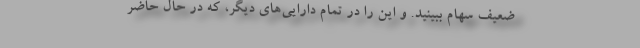
ضعیف سهام ببینید. و این را در تمام دارایی‌های دیگر، که در حال حاضر